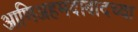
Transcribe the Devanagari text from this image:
आणिअहमदाबादच्या